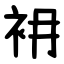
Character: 衻